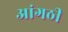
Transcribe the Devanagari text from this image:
आंगठी